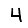
Digit: 4